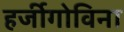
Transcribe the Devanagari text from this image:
हर्जीगोविना